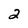
Character: 2